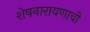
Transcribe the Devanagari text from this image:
शेषनारायणाची